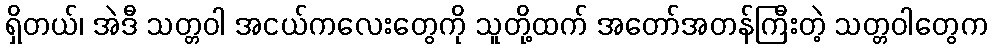
ရှိတယ်၊ အဲဒီ သတ္တဝါ အငယ်ကလေးတွေကို သူတို့ထက် အတော်အတန်ကြီးတဲ့ သတ္တဝါတွေက